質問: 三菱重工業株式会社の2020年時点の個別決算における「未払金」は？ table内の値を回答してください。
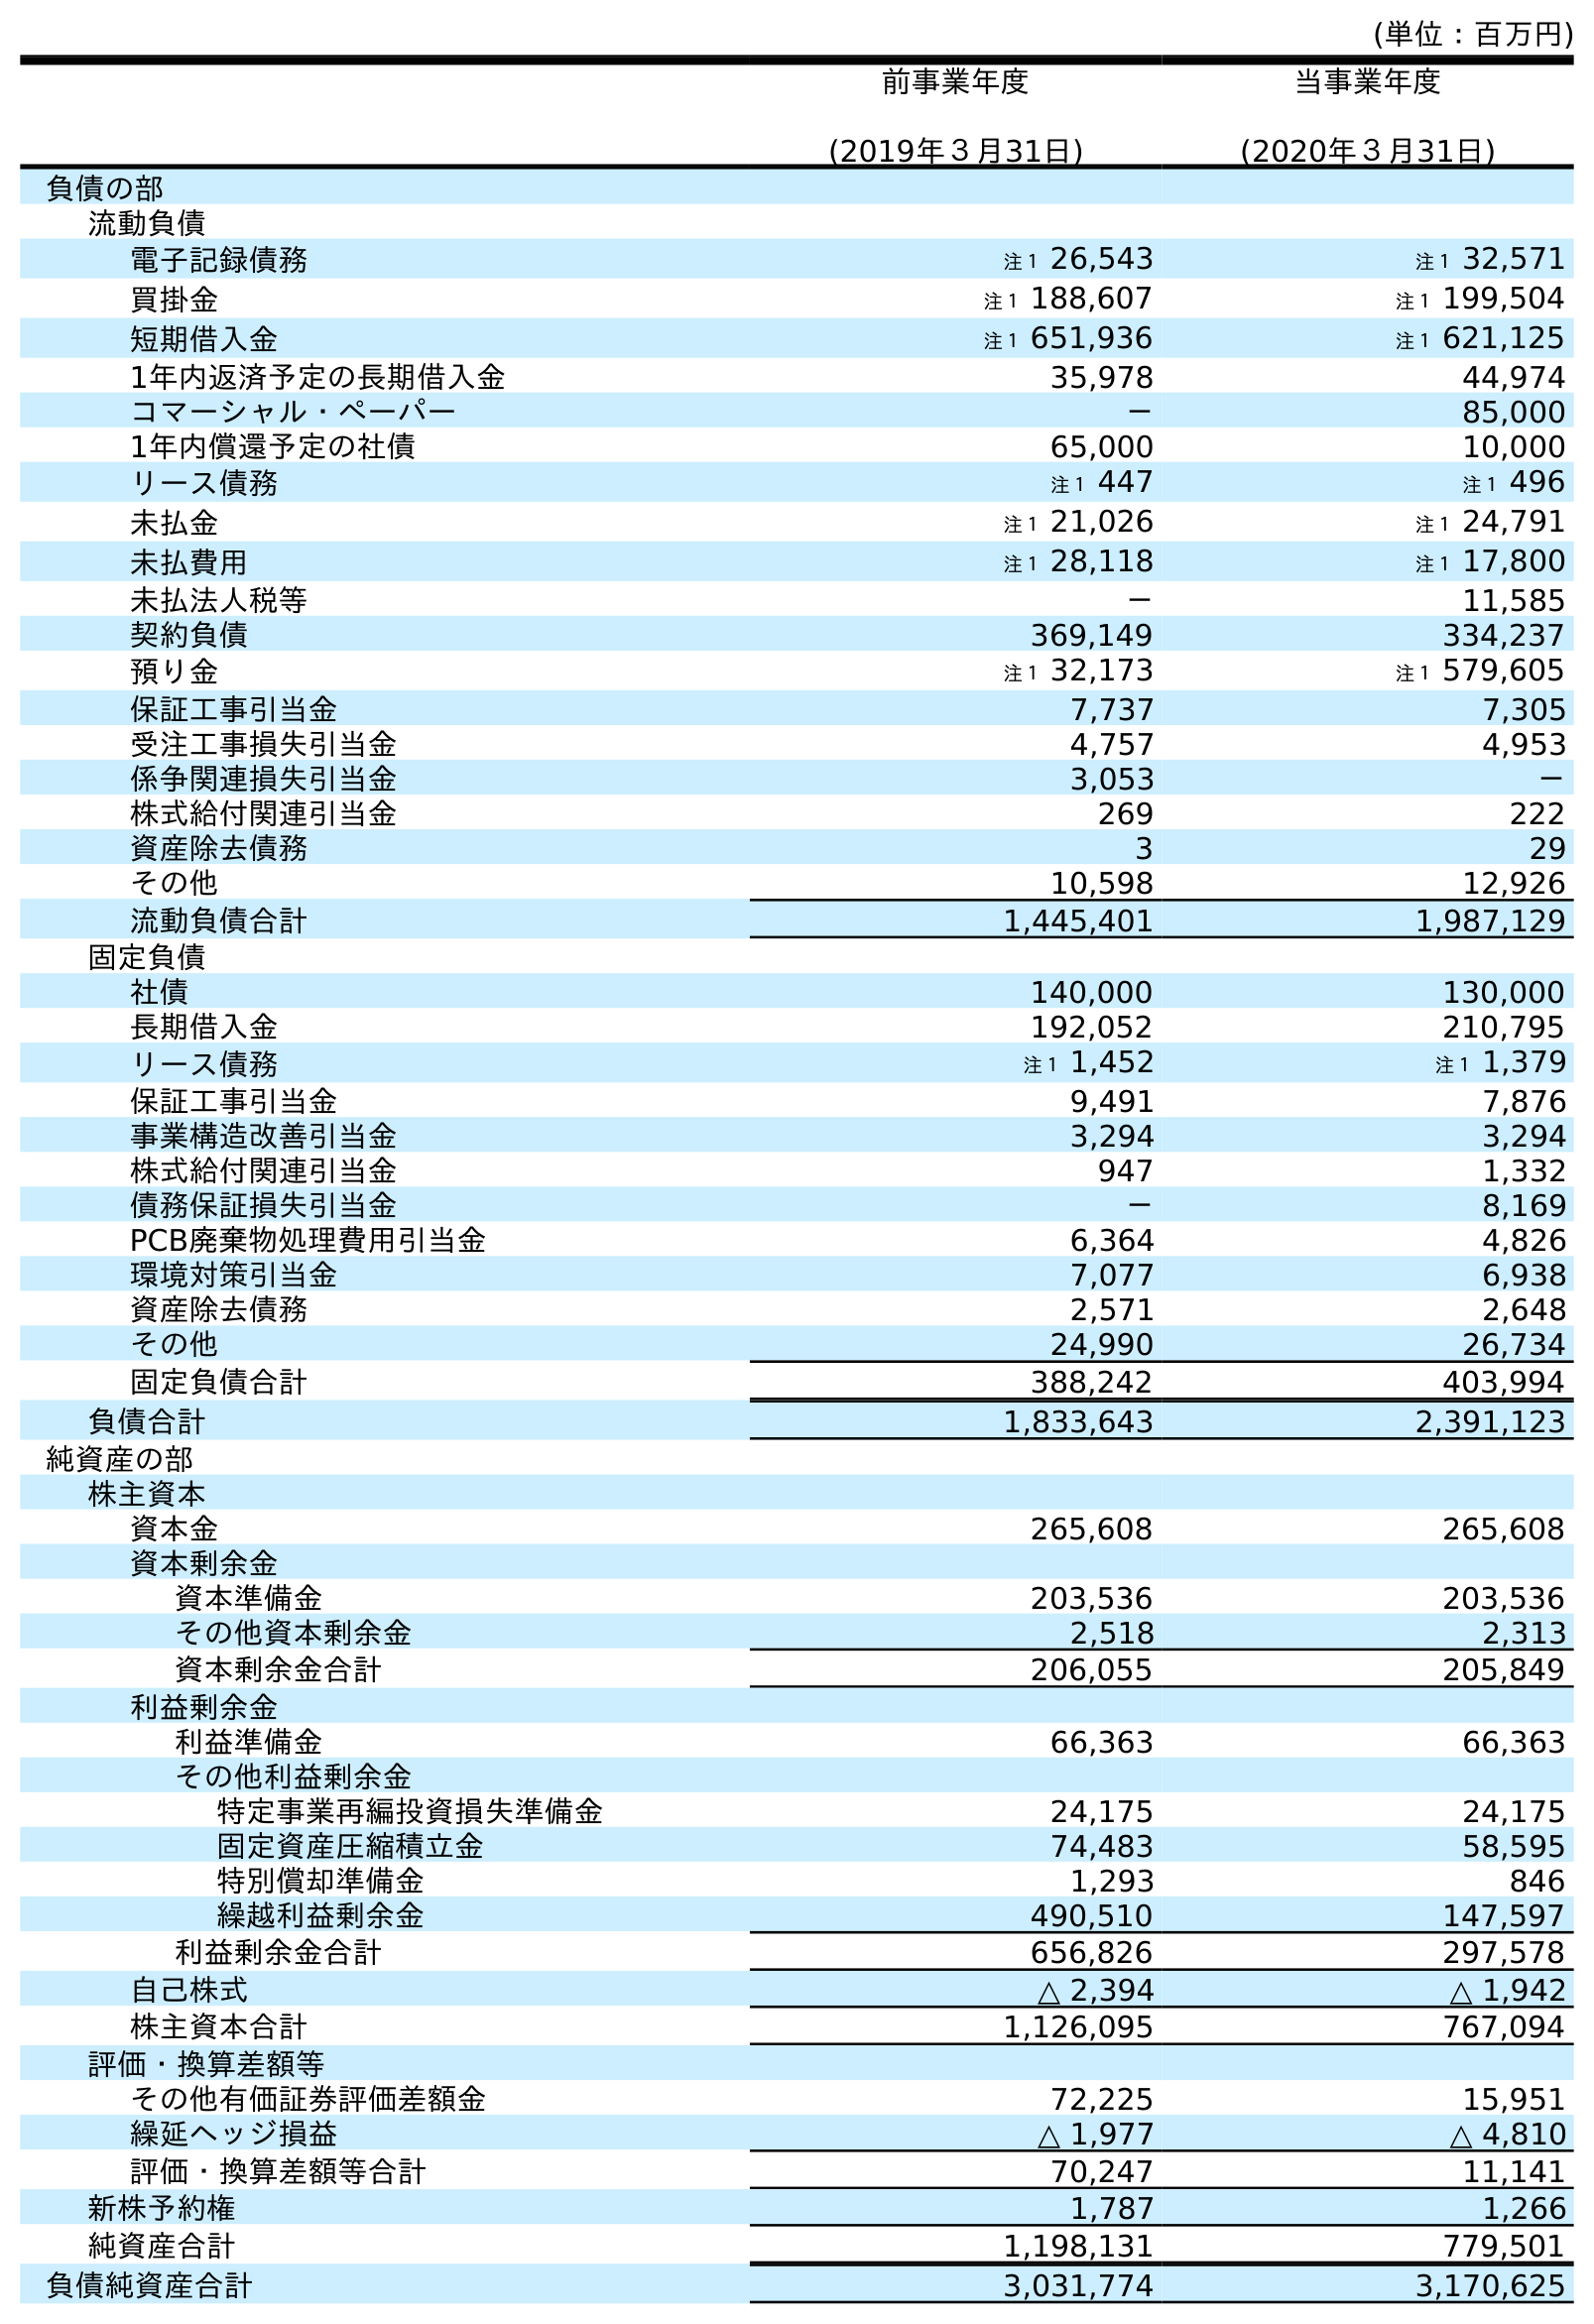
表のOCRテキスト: (単位：百万円) 前事業年度 (2019年３月31日) 当事業年度 (2020年３月31日) 負債の部 流動負債 電子記録債務 注１ 26,543 注１ 32,571 買掛金 注１ 188,607 注１ 199,504 短期借入金 注１ 651,936 注１ 621,125 1年内返済予定の長期借入金 35,978 44,974 コマーシャル・ペーパー － 85,000 1年内償還予定の社債 65,000 10,000 リース債務 注１ 447 注１ 496 未払金 注１ 21,026 注１ 24,791 未払費用 注１ 28,118 注１ 17,800 未払法人税等 － 11,585 契約負債 369,149 334,237 預り金 注１ 32,173 注１ 579,605 保証工事引当金 7,737 7,305 受注工事損失引当金 4,757 4,953 係争関連損失引当金 3,053 － 株式給付関連引当金 269 222 資産除去債務 3 29 その他 10,598 12,926 流動負債合計 1,445,401 1,987,129 固定負債 社債 140,000 130,000 長期借入金 192,052 210,795 リース債務 注１ 1,452 注１ 1,379 保証工事引当金 9,491 7,876 事業構造改善引当金 3,294 3,294 株式給付関連引当金 947 1,332 債務保証損失引当金 － 8,169 PCB廃棄物処理費用引当金 6,364 4,826 環境対策引当金 7,077 6,938 資産除去債務 2,571 2,648 その他 24,990 26,734 固定負債合計 388,242 403,994 負債合計 1,833,643 2,391,123 純資産の部 株主資本 資本金 265,608 265,608 資本剰余金 資本準備金 203,536 203,536 その他資本剰余金 2,518 2,313 資本剰余金合計 206,055 205,849 利益剰余金 利益準備金 66,363 66,363 その他利益剰余金 特定事業再編投資損失準備金 24,175 24,175 固定資産圧縮積立金 74,483 58,595 特別償却準備金 1,293 846 繰越利益剰余金 490,510 147,597 利益剰余金合計 656,826 297,578 自己株式 △ 2,394 △ 1,942 株主資本合計 1,126,095 767,094 評価・換算差額等 その他有価証券評価差額金 72,225 15,951 繰延ヘッジ損益 △ 1,977 △ 4,810 評価・換算差額等合計 70,247 11,141 新株予約権 1,787 1,266 純資産合計 1,198,131 779,501 負債純資産合計 3,031,774 3,170,625
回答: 注１24,791